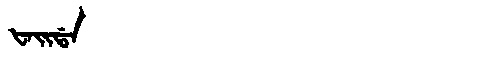
Manchu: ᡶᠠᡳᡩᠠ
Romanization: FAIDA